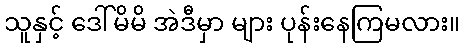
သူနှင့် ဒေါ်မိမိ အဲဒီမှာ များ ပုန်းနေကြမလား။